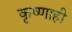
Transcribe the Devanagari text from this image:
कृष्णाही